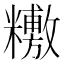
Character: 𥼼